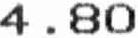
4.80